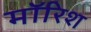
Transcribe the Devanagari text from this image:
मॉरिश